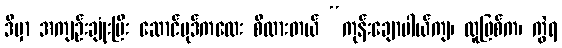
ဒီမှာ အကျဉ်းချုံးပြီး ဆောင်ပုဒ်ကလေး စီထားတယ် “ကုန်းချောပါယ်ကျ၊ လူဖြစ်က၊ ကွဲရ